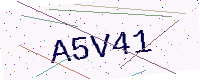
Text: A5V41